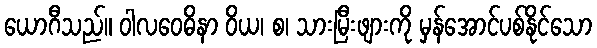
ယောဂီသည်။ ဝါလဝေဓိနာ ဝိယ၊ စ၊ သားမြီးဖျားကို မှန်အောင်ပစ်နိုင်သော